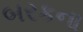
બરકના